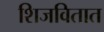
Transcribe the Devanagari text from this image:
शिजवितात